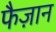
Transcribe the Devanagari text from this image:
फैज़ान